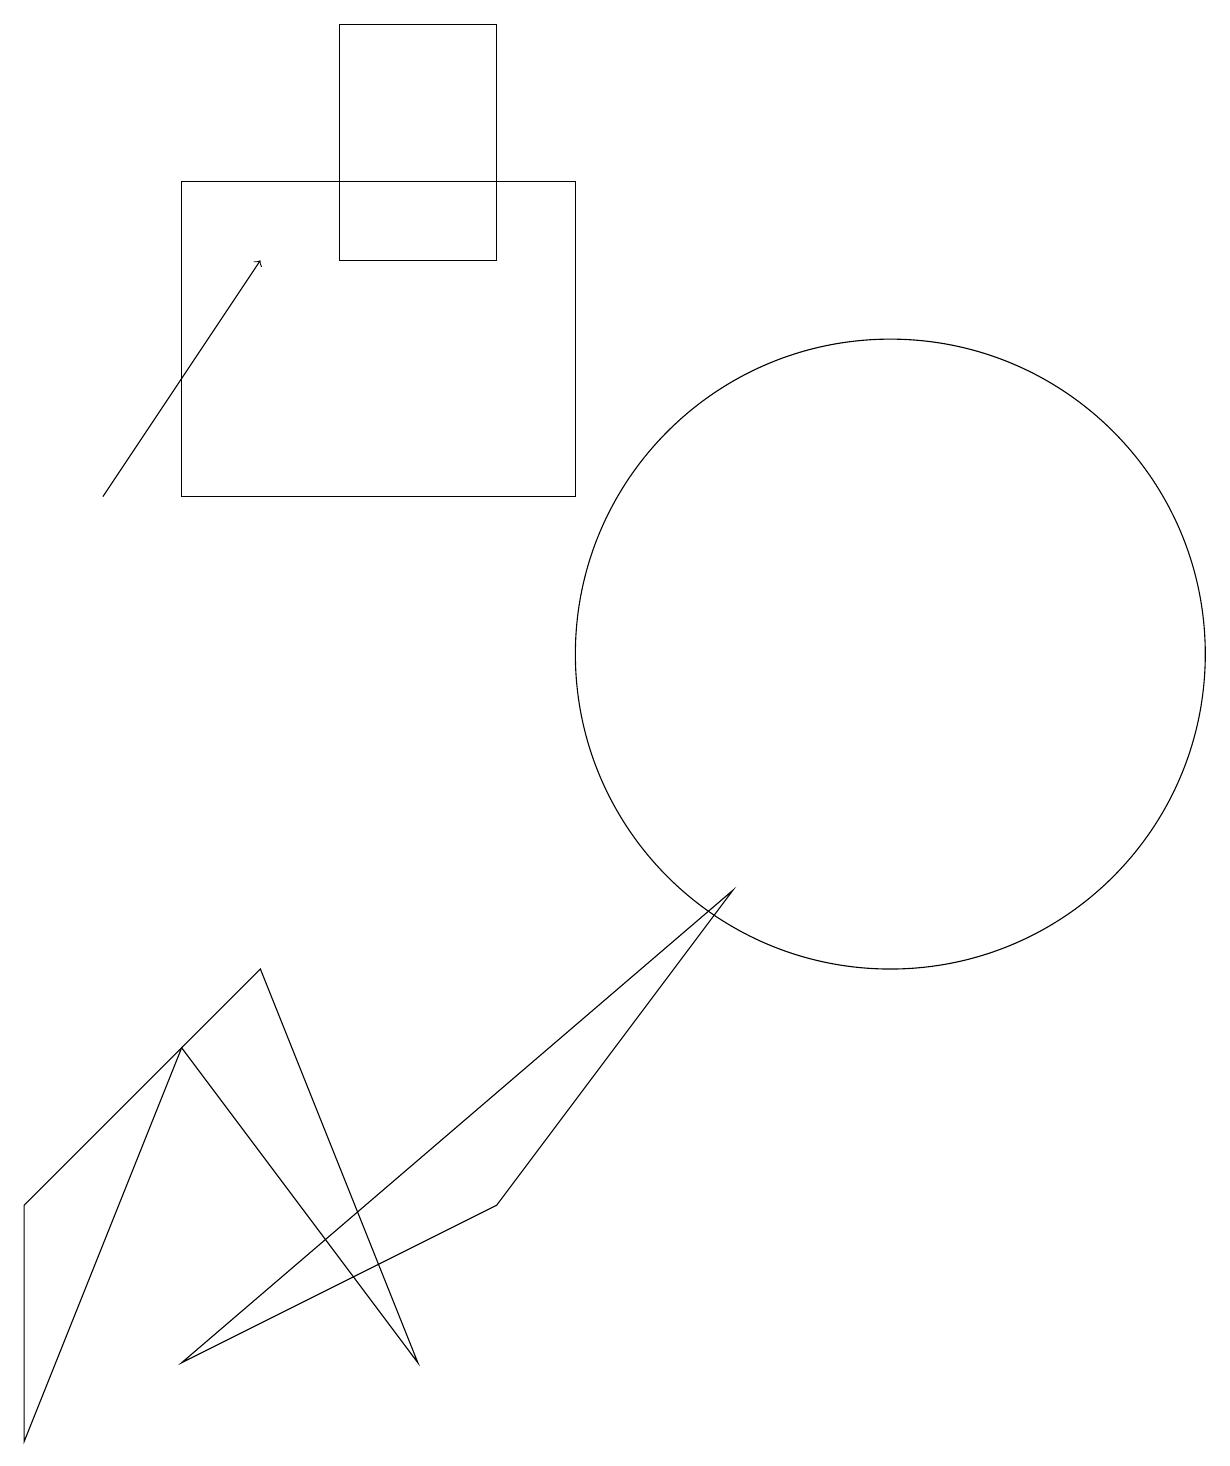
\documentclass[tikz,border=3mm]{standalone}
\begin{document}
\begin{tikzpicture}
\draw (3,7) -- (5,2) -- (2,6) -- cycle;
\draw (6,19) rectangle (4,16);
\draw (2,6) -- (0,1) -- (0,4) -- cycle;
\draw (7,17) rectangle (2,13);
\draw (10,11) circle (0);
\draw (6,4) -- (9,8) -- (2,2) -- cycle;
\draw (11,11) circle (4);
\draw[->] (1,13) -- (3,16);
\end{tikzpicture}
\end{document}